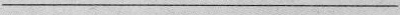
___